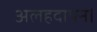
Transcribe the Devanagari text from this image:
अलहदापन।